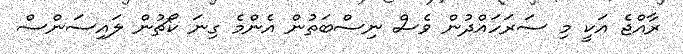
ރާއްޖެ އަކީ މި ސަރަހައްދުން ވެސް ނިސްބަތުން އެންމެ ގިނަ ކޯޗުން ލައިސަންސް